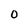
Character: O